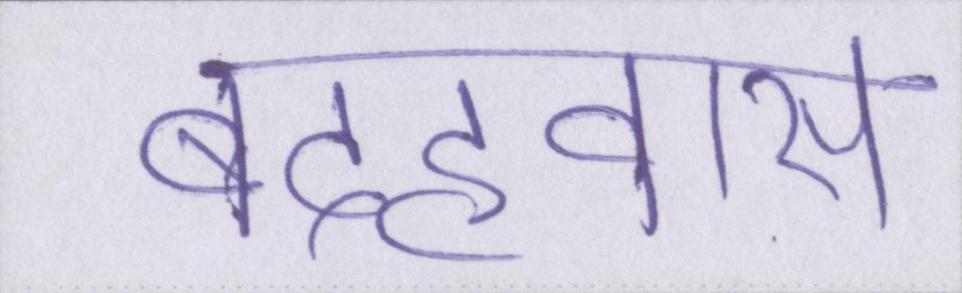
बदहवास